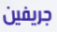
جريفين